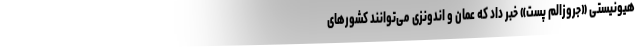
هیونیستی «جروزالم پست» خبر داد که عمان و اندونزی می‌توانند کشورهای